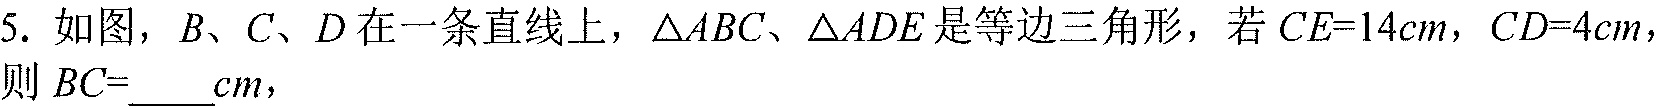
5. 如图，\(B、C、D\)在一条直线上，\(\triangle ABC、\triangle ADE\)是等边三角形，若\(CE = 14cm\)，\(CD = 4cm\)，则\(BC=\underline{\ \ \ \ }cm\)，